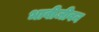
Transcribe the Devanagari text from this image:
भावीजीवन